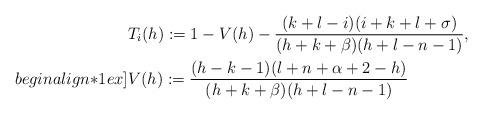
LaTeX: \begin{align*}&T_{i}(h) := 1 - V(h) - \frac{(k+l-i)(i+k+l+\sigma)}{(h+k+\beta)(h+l-n-1)} ,\\begin{align*}1ex]&V(h) := \frac{(h-k-1)(l+n+\alpha+2-h)}{(h+k+\beta)(h+l-n-1)}\end{align*}